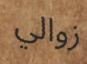
زوالي